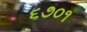
૬૭૦૧